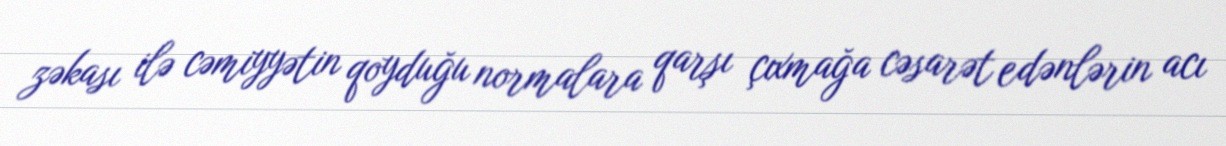
zəkası ilə cəmiyyətin qoyduğu normalara qarşı çıxmağa cəsarət edənlərin acı